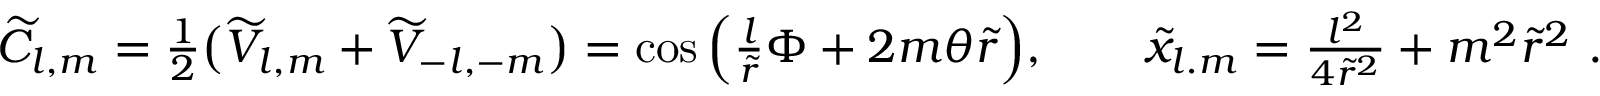
\begin{array} { r } { \widetilde { C } _ { l , m } = \frac 1 2 \big ( \widetilde { V } _ { l , m } + \widetilde { V } _ { - l , - m } \big ) = \cos \Big ( \frac { l } { \widetilde { r } } \Phi + 2 m { \theta } \widetilde { r } \Big ) , \qquad \widetilde { x } _ { l . m } = \frac { l ^ { 2 } } { 4 \widetilde { r } ^ { 2 } } + m ^ { 2 } \widetilde { r } ^ { 2 } \ . } \end{array}